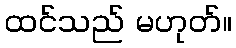
ထင်သည် မဟုတ်။